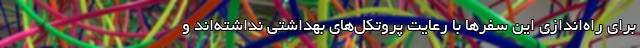
برای راه‌اندازی این سفرها با رعایت پروتکل‌های بهداشتی نداشته‌اند و